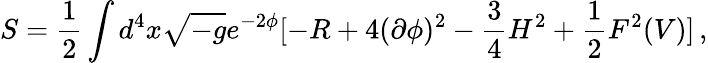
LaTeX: S=\frac{1}{2}\int d^{4}x\sqrt{-g}e^{-2\phi}[-R+4(\partial\phi)^{2}-\frac{3}{4}H^{2}+\frac{1}{2}F^{2}(V)]\, ,